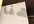
هنا